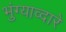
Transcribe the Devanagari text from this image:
भुंग्याव्दारे